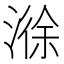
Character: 𣻄